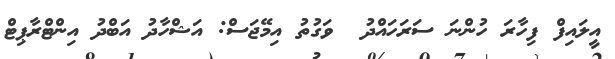
އީލައިފް ފިހާރަ ހުންނަ ސަރަހައްދު  ވަގުތު އިމޭޖަސް: އަޝްހާދު އަބްދު އިންޓްރާޕިޓް